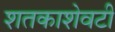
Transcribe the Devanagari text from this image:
शतकाशेवटी